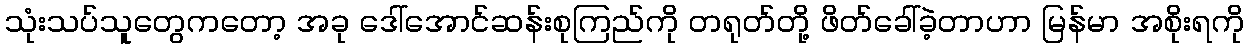
သုံးသပ်သူတွေကတော့ အခု ဒေါ်အောင်ဆန်းစုကြည်ကို တရုတ်တို့ ဖိတ်ခေါ်ခဲ့တာဟာ မြန်မာ အစိုးရကို